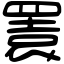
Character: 瞏